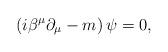
LaTeX: \begin{align*}\left( i\beta ^{\mu }\partial _{\mu }-m\right) \psi =0, \end{align*}